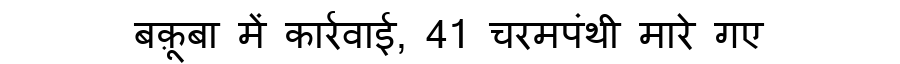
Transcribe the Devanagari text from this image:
बक़ूबा में कार्रवाई, 41 चरमपंथी मारे गए